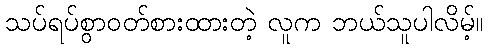
သပ်ရပ်စွာဝတ်စားထားတဲ့ လူက ဘယ်သူပါလိမ့်။